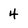
Character: 4